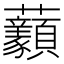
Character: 𧆈